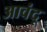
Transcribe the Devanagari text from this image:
आवंदू